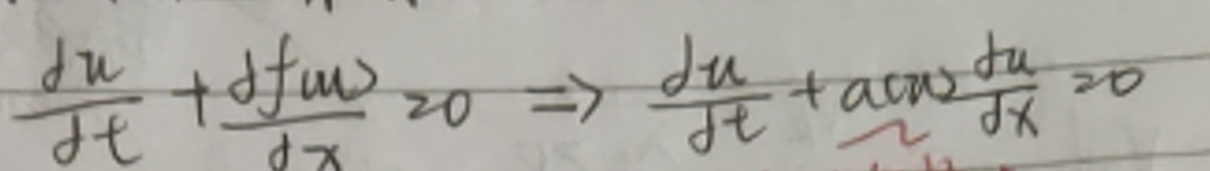
\[
\frac{\mathrm{d}u}{\mathrm{d}t}+\frac{\mathrm{d}f(u)}{\mathrm{d}x}=0\Rightarrow\frac{\mathrm{d}u}{\mathrm{d}t}+a\cos\frac{\mathrm{d}u}{\mathrm{d}x}=0
\]